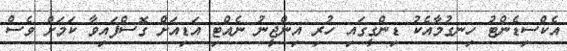
އެކްސިޑެންޓު ހިނގުމާއެކު ޑިންގީގައި ހުރި އިންޖީނު ނެއްޓި އަޑިއަށް ގޮސްފައިވާ ކަމަށް ވެސް